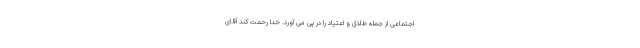
اجتماعی از جمله طلاق و اعتیاد را در پی می آورد. خدا رحمت کند آقای